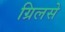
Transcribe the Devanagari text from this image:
ग्रिलसे